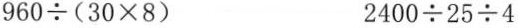
$$9 6 0 \div ( 3 0 \times 8 )$$ $$2 4 0 0 \div 2 5 \div 4$$